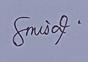
Signature authenticity: genuine